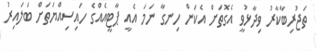
ތަޖުރިބާކާރު ވިދާޅުވީ އެގޮތަށް އެކަން ހިނގާ ނަމަ އެއީ ޕާޓީއެއްގެ ހައިސިއްޔަތަށް ބަލައިރު